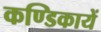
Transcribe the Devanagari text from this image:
कण्डिकायें